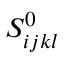
S _ { i j k l } ^ { 0 }